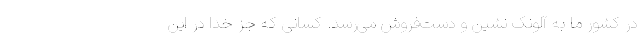
در کشور ما به آلونک نشین و دست‌فروش می‌رسد. کسانی که جز خدا در این